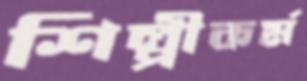
শিল্পীকর্ম